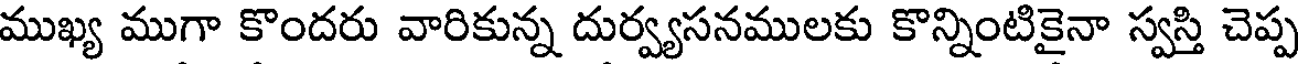
ముఖ్య ముగా కొందరు వారికున్న దుర్వ్యసనములకు కొన్నింటికైనా స్వస్తి చెప్ప